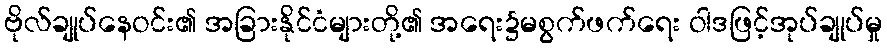
ဗိုလ်ချုပ်နေဝင်း၏ အခြားနိုင်ငံများတို့၏ အရေး၌မစွက်ဖက်ရေး ဝါဒဖြင့်အုပ်ချုပ်မှု